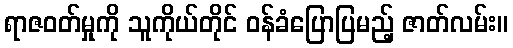
ရာဇဝတ်မှုကို သူကိုယ်တိုင် ဝန်ခံပြောပြမည့် ဇာတ်လမ်း။